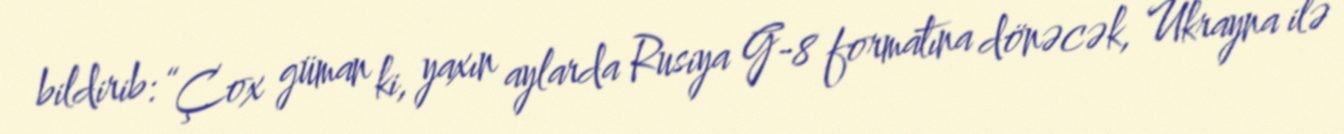
bildirib: “Çox güman ki, yaxın aylarda Rusiya G-8 formatına dönəcək, Ukrayna ilə